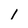
Character: 1